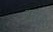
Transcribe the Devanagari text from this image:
अमरकी